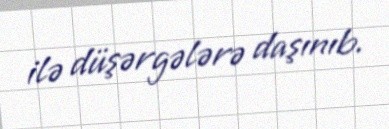
ilə düşərgələrə daşınıb.